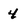
Character: 4